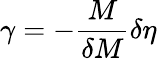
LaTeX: \gamma=-{\frac{M}{\delta M}}\delta\eta